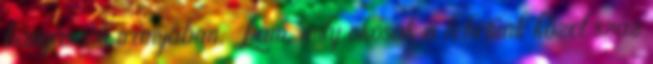
bányászok irányában. Lám, mily okosak is lehetünk közel száz